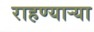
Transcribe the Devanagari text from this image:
राहण्यार्‍या